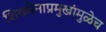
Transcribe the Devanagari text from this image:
शिवसेनाप्रमुखांमुळेच